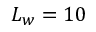
L _ { w } = 1 0